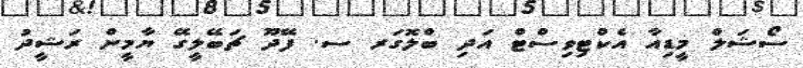
ސޯޝަލް މީޑިއާ އެކްޓިވިސްޓް އަދި ބްލޮގަރ ސ. ފޭދޫ ޗަބޭލީގޭ ޔާމީން ރަޝީދު